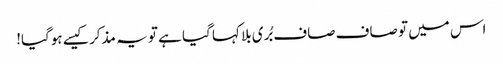
اس میں تو صاف صاف بُری بلا کہا گیا ہے تو یہ مذکر کیسے ہوگیا!